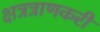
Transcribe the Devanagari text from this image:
क्षत्रत्राणकरी